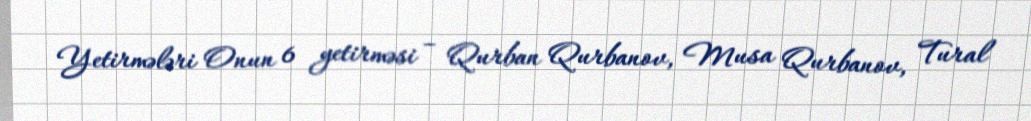
Yetirmələri Onun 6 yetirməsi – Qurban Qurbanov, Musa Qurbanov, Tural